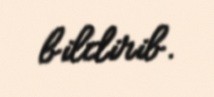
bildirib.